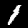
Digit: 1